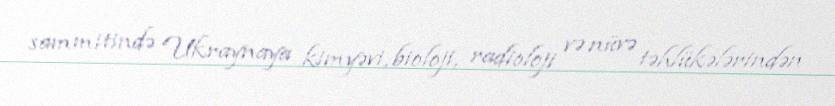
sammitində Ukraynaya kimyəvi, bioloji, radioloji və nüvə təhlükələrindən